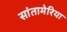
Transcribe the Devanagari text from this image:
सांतामेरिया